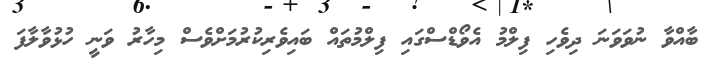
ބާއްވާ ނުވަވަނަ ދިވެހި ފިލްމު އެވޯޑްސްގައި ފިލްމުތައް ބައިވެރިކުރުމަށްވެސް މިހާރު ވަނީ ހުޅުވާލާފަ